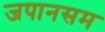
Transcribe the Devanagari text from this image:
जपानसम